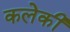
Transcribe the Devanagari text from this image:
कलेकी